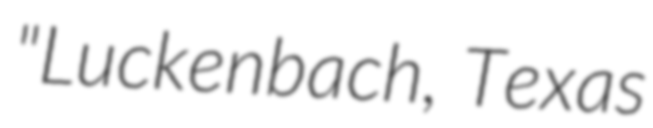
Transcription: "Luckenbach, Texas